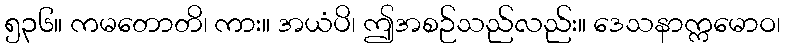
၅၃၆။ ကမတောတိ၊ ကား။ အယံပိ၊ ဤအစဉ်သည်လည်း။ ဒေသနာက္ကမောဝ၊